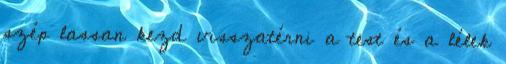
szép lassan kezd visszatérni a test és a lélek